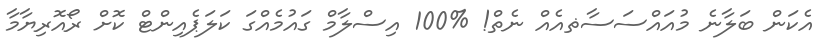
އެކަން ބަލާނެ މުއައްސަސާޡއެއް ނެތް! %100 އިސްލާމް ގައުމެއްގަ ކަލަޕެއިންޓް ކޮށް ރޯއޮރިޔާމާ